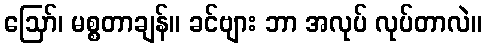
ဩော်၊ မစ္စတာချန်။ ခင်ဗျား ဘာ အလုပ် လုပ်တာလဲ။